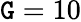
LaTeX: \mathtt{G}=10